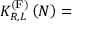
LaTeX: K _ { R , L } ^ { \left( \mathrm { F } \right) } \left( N \right) =